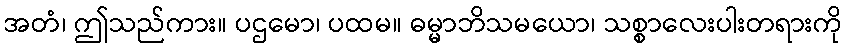
အတံ၊ ဤသည်ကား။ ပဌမော၊ ပထမ။ ဓမ္မာဘိသမယော၊ သစ္စာလေးပါးတရားကို